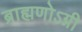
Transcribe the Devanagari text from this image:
ब्राह्मणोऽग्नी